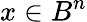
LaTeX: x\in B^{n}